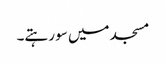
مسجد میں سو رہتے۔